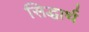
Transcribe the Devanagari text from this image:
सिद्धार्थ